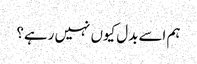
ہم اسے بدل کیوں نہیں رہے؟